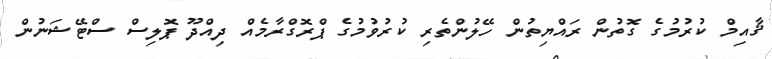
ޤާއިމް ކުރުމުގެ ގޮތުން ރައްޔިތުން ހޭލުންތެރި ކުރުވުމުގެ ޕްރޮގްރާމެއް ދިއްދޫ ޕޮލިސް ސްޓޭޝަނުން